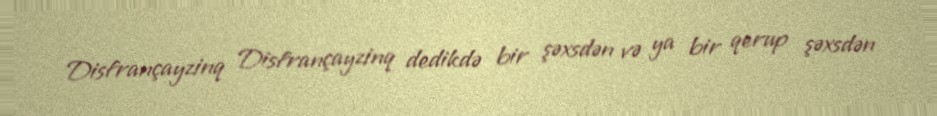
Disfrançayzinq Disfrançayzinq dedikdə bir şəxsdən və ya bir qerup şəxsdən